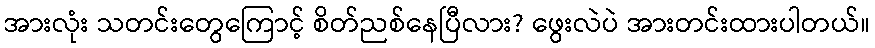
အားလုံး သတင်းတွေကြောင့် စိတ်ညစ်နေပြီလား? ဖွေးလဲပဲ အားတင်းထားပါတယ်။